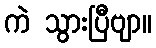
ကဲ သွားပြီဗျာ။